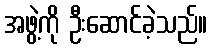
အဖွဲ့ကို ဦးဆောင်ခဲ့သည်။